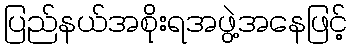
ပြည်နယ်အစိုးရအဖွဲ့အနေဖြင့်